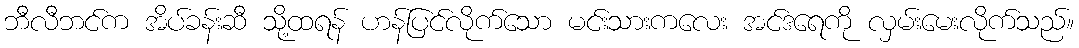
ဘီလီဘင်က အိပ်ခန်းဆီ သို့ထရန် ဟန်ပြင်လိုက်သော မင်းသားကလေး အင်ဒရေကို လှမ်းမေးလိုက်သည်။